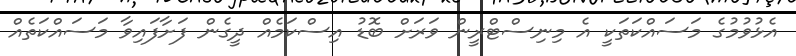
އެޅުވުމުގެ މަސައްކަތަކީ އެ މިނިސްޓްރީން ވަރަށް ބޮޑު އިސްކަމެއް ދީގެން ފަށާފައިވާ މަސައްކަތެއް